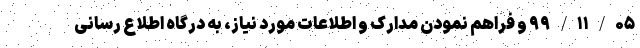
۹۹/۱۱/۰۵ و فراهم نمودن مدارک و اطلاعات مورد نیاز، به درگاه اطلاع رسانی